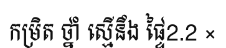
កម្រិត ថ្នាំ ស្មើនឹង ផ្ទៃ2.2 ×